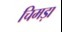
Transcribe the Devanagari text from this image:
चिमड़ा